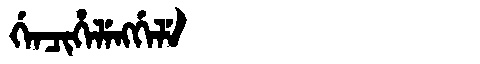
Manchu: ᡤᡝᠨᠴᡳᡥᡝᠯᡝᠩᡤᡝᠯᡝ
Romanization: GENCIHELENGGELE